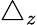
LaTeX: \triangle_{z}